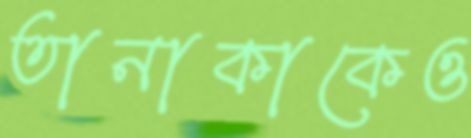
তানাকাকেও